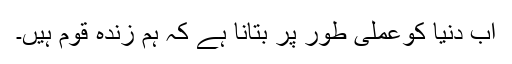
اب دنیا کوعملی طور پر بتانا ہے کہ ہم زندہ قوم ہیں۔